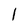
Character: l